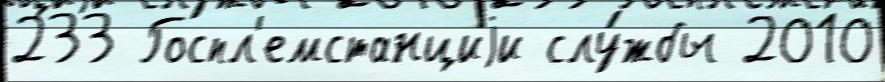
233 Госпл'емстанциjи слу́жбы 2010